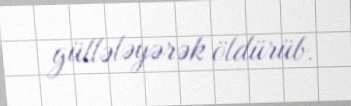
güllələyərək öldürüb.